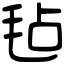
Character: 毡